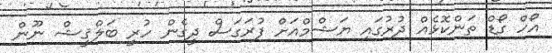
އޯހް ގޯޑް ތަންކޮޅެއް ދުރުގައި ޔަޝްމްއަށް ފުރަގަސް ދީގެން ހުރީ ބަލްޤީޝް ނޫން